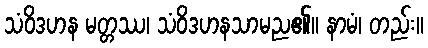
သံဝိဒဟန မတ္တဿ၊ သံဝိဒဟနသာမည၏။ နာမံ၊ တည်း။